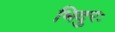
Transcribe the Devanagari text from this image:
भिदुरः